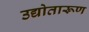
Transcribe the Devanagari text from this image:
उद्योतारूण